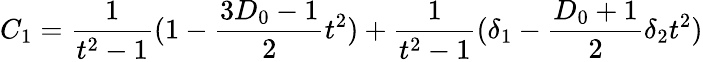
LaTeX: C_{1}=\frac{1}{t^{2}-1}(1-\frac{3D_{0}-1}{2}t^{2})+\frac{1}{t^{2}-1}(\delta_{1}-\frac{D_{0}+1}{2}\delta_{2}t^{2})